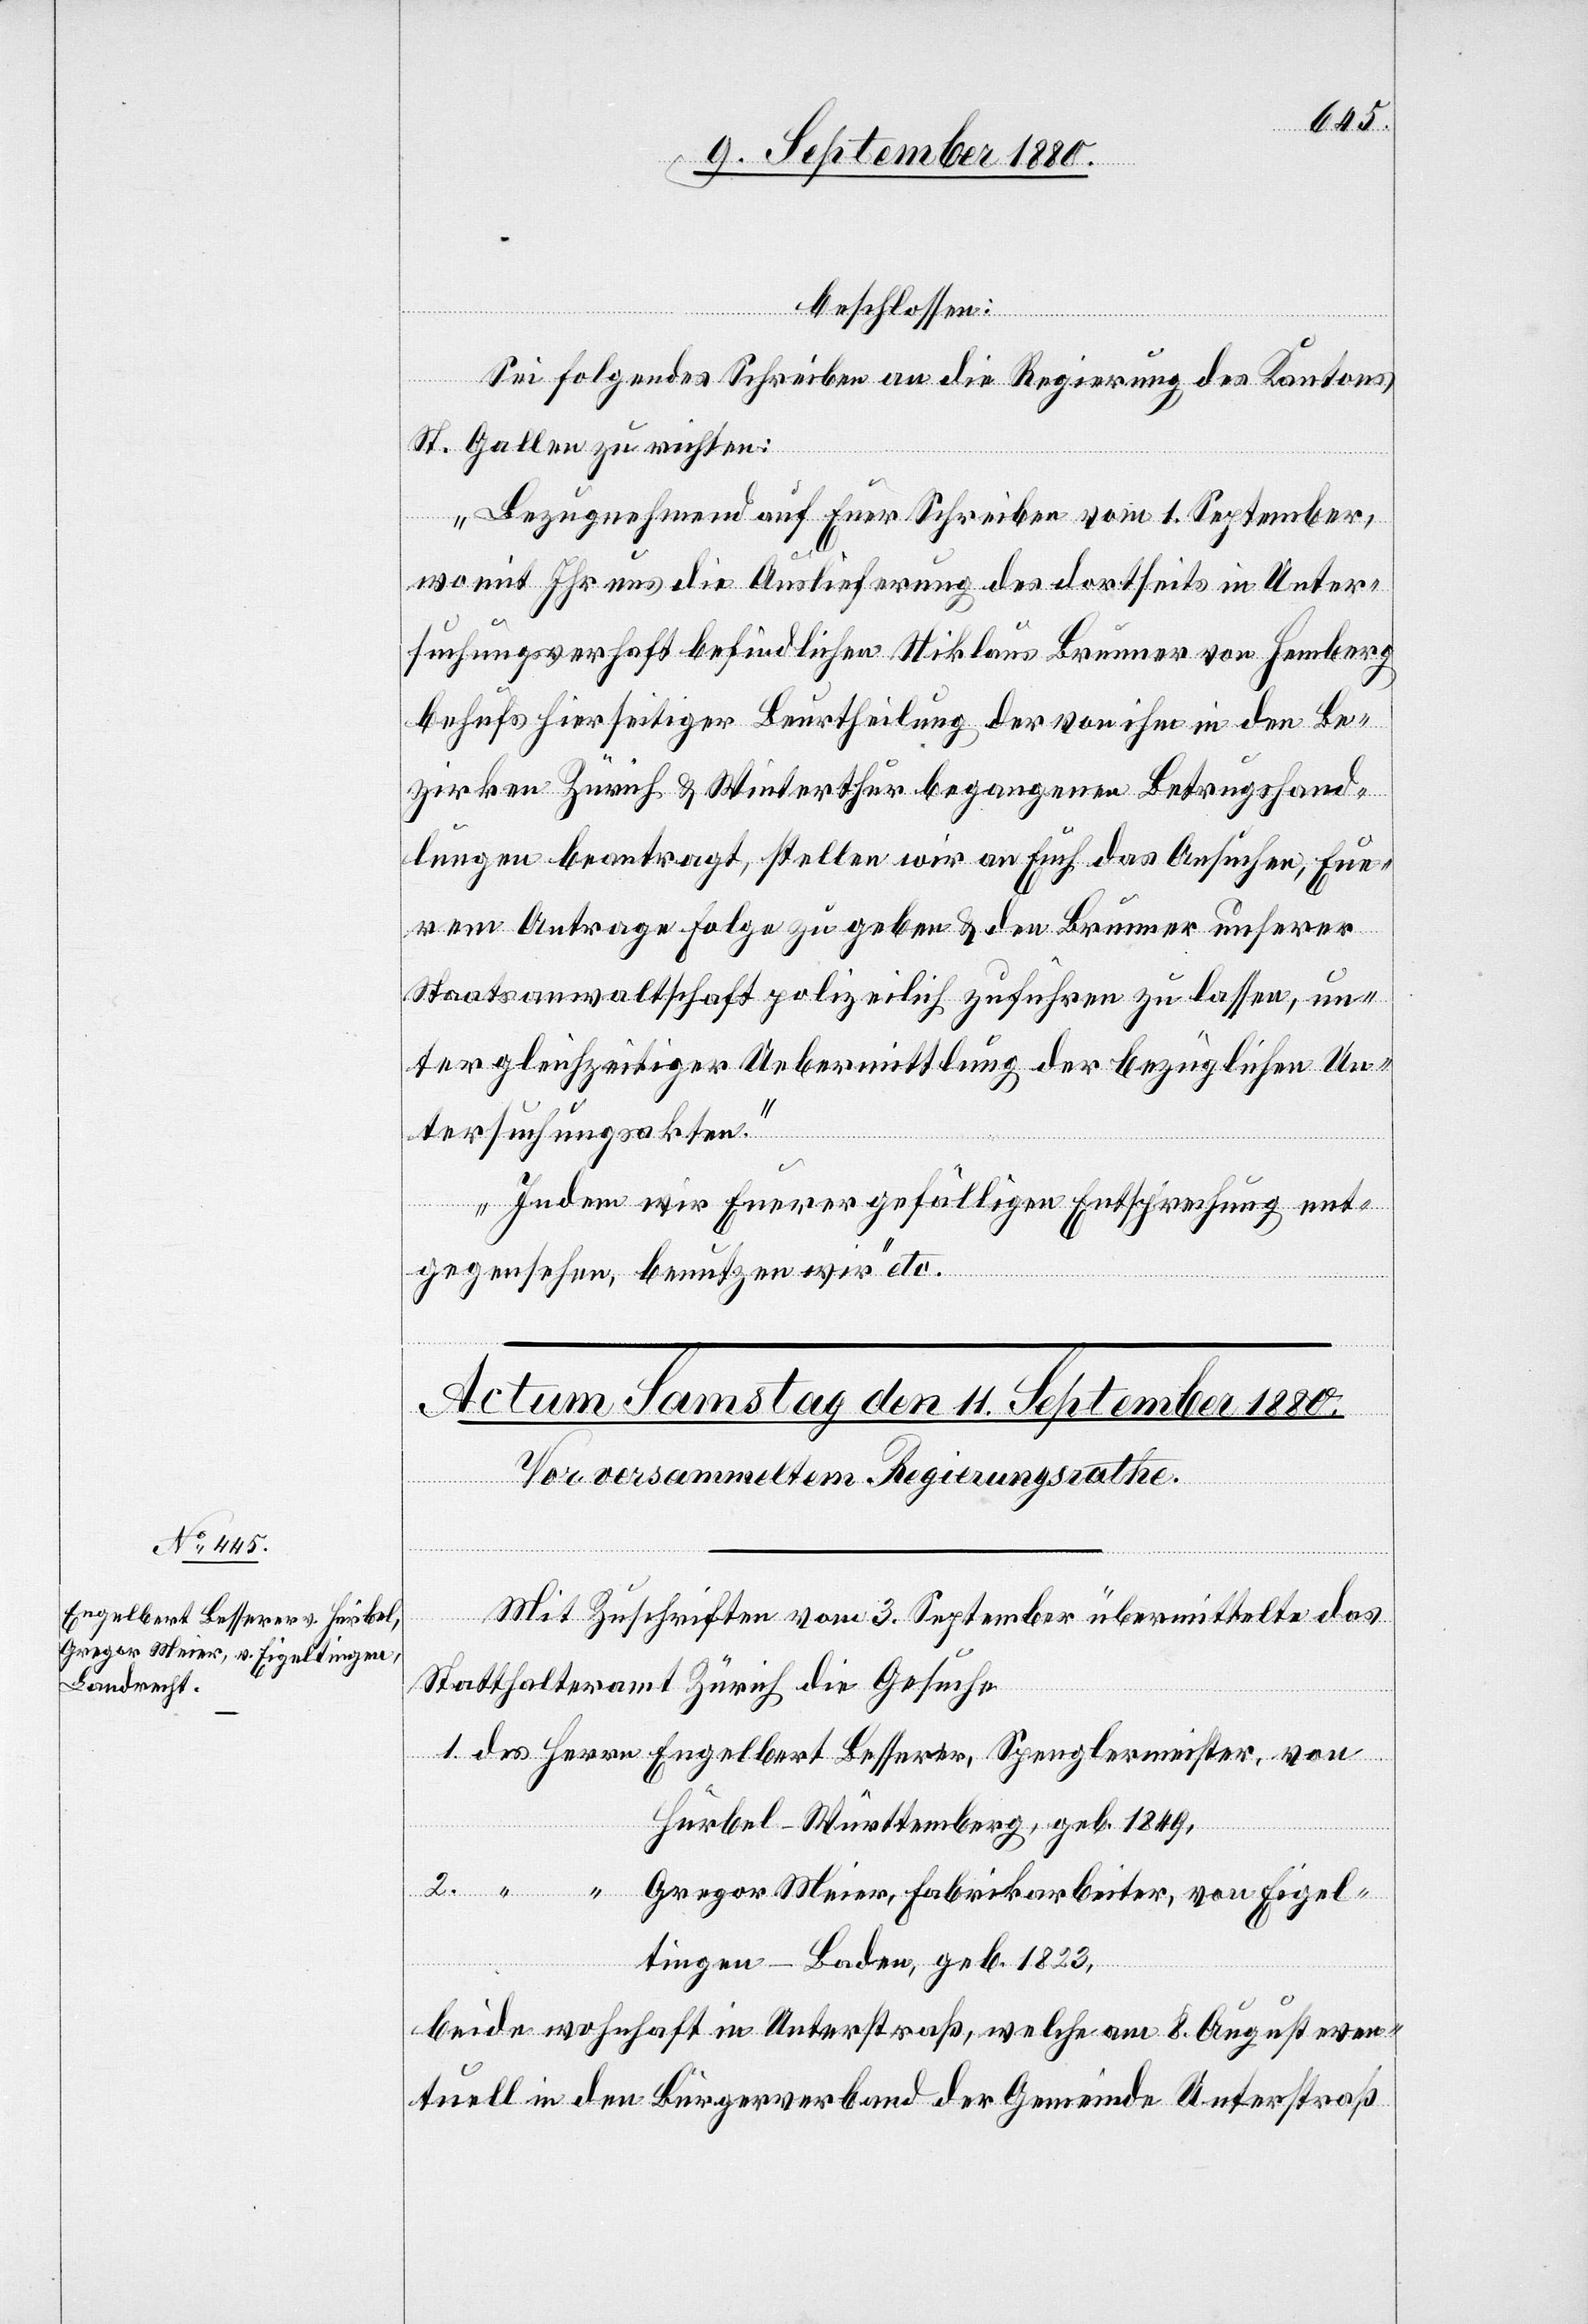
Engelbert Besserer, Spen¬

beschlossen:
von
Sei folgendes Schreiben an die Regierung des Kantons
St. Gallen zu richten:
“
„Bezugnehmend auf Euer Schreiben vom 1. September,
womit Ihr uns die Auslieferung des dortseits in Unter¬
suchungsverhaft befindlichen Niklaus Brunner von Hemberg
behufs hierseitiger Beurtheilung der von ihm in den Be¬
zirken Zürich & Winterthur begangenen Betrugshand¬
lungen beantragt, stellen wir an Euch das Ansuchen, Eu¬
rem Antrage Folge zu geben & den Brunner unserer
Staatsanwaltschaft polizeilich zuführen zu lassen, un¬
ter gleichzeitiger Uebermittlung der bezüglichen Un¬
tersuchungsakten.
Indem wir Eurer gefälligen Entsprechung ent¬
gegensehen, benutzen wir“ etc.
Mit Zuschrift vom 3. September übermittelte das
Statthalteramt Zürich die Gesuche
Hurbel-Württemberg, geb. 1849.
Gregor Meier, Fabrikarbeiter, von Eigel¬
tingen - Baden, geb. 1823.
beide wohnhaft in Unterstraß, welche am 8. August even¬
tuell in den Bürgerverband der Gemeinde Unterstraß